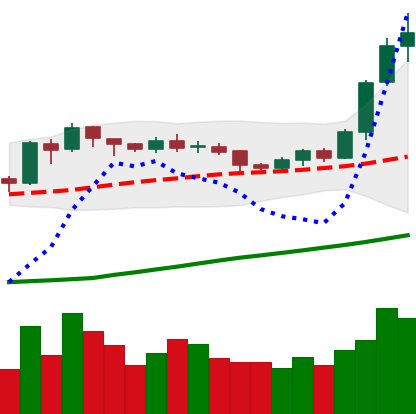
Ticker: ETH-USD
Chart end date: 2020-07-24
Forward return: 13.959%
Label: up_7plus